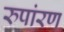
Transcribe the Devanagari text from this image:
रुपांरण